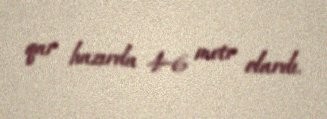
qar hazırda 4-6 metr olardı.